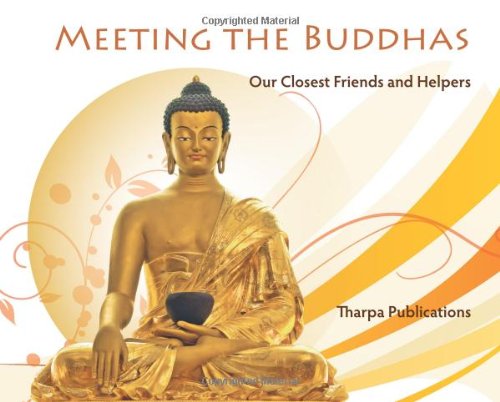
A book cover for Meeting the Buddhas: Our Closest Friends and Helpers; Children's Books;